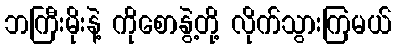
ဘကြီးမိုးနဲ့ ကိုစောနွဲ့တို့ လိုက်သွားကြမယ်